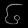
Digit: ၆